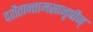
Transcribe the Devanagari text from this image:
दशैतान्तामसानृषीन्